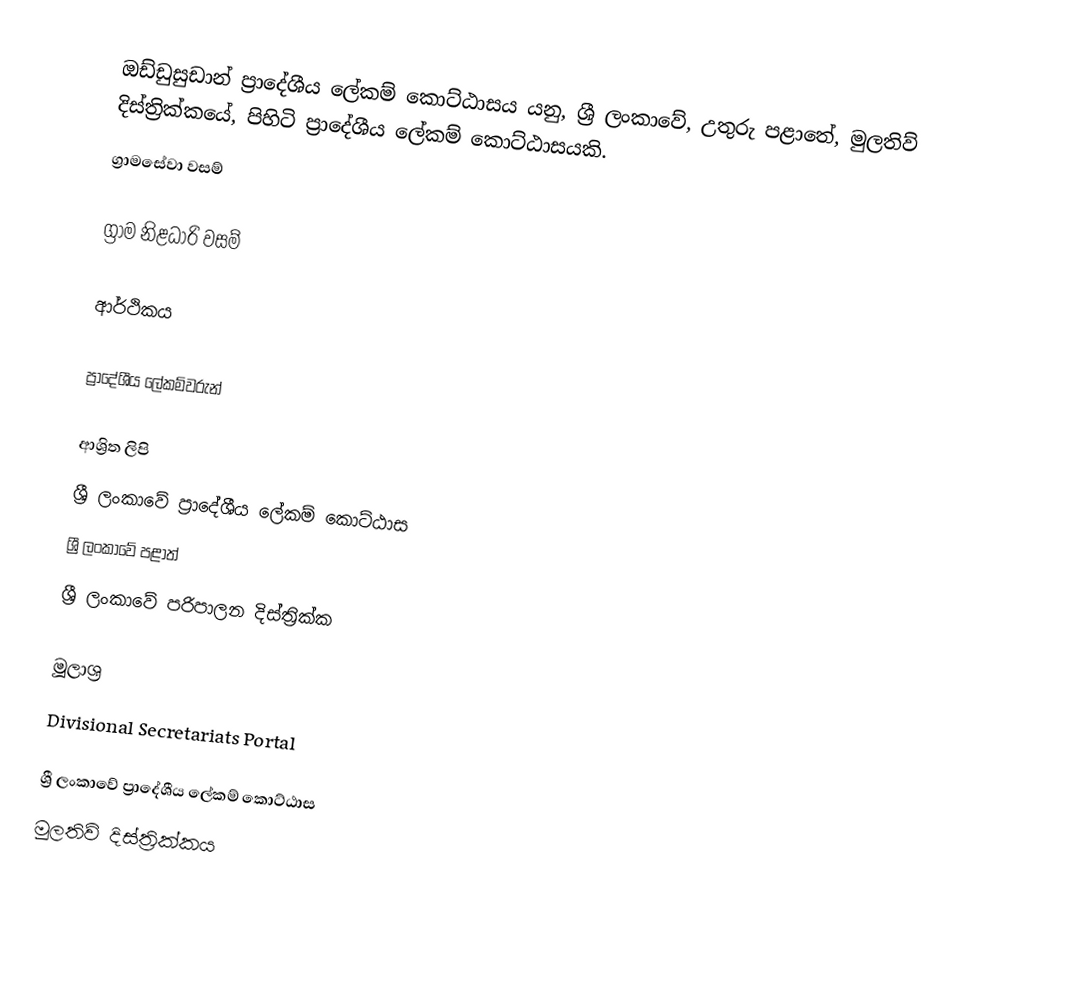
ඔඩ්ඩුසුඩාන් ප්‍රාදේශීය ලේකම් කොට්ඨාසය යනු,  ශ්‍රී ලංකාවේ, උතුරු පළාතේ,   මුලතිව් දිස්ත්‍රික්කයේ, පිහිටි ප්‍රාදේශීය ලේකම් කොට්ඨාසයකි.
ග්‍රාමසේවා වසම්

ග්‍රාම නිළධාරි වසම්

ආර්ථිකය

ප්‍රාදේශීය ලේකම්වරුන්

ආශ්‍රිත ලිපි
ශ්‍රී ලංකාවේ ප්‍රාදේශීය ලේකම් කොට්ඨාස
ශ්‍රී ලංකාවේ පළාත්
ශ්‍රී ලංකාවේ පරිපාලන දිස්ත්‍රික්ක

මූලාශ්‍ර
 Divisional Secretariats Portal

ශ්‍රී ලංකාවේ ප්‍රාදේශීය ලේකම් කොට්ඨාස
මුලතිව් දිස්ත්‍රික්කය